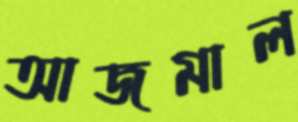
আজমাল